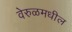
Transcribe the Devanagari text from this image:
वेरुळमधील